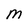
Character: M